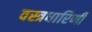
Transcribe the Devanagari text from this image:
वस्त्रधारिणी